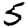
Digit: 5